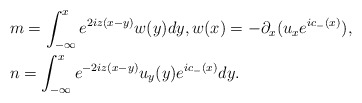
\begin{align*}&m=\int_{-\infty}^xe^{2iz(x-y)}w(y)dy, w(x)=-\partial_x(u_xe^{ic_-(x)}),\\&n=\int_{-\infty}^xe^{-2iz(x-y)}u_y(y)e^{ic_-(x)}dy.\end{align*}